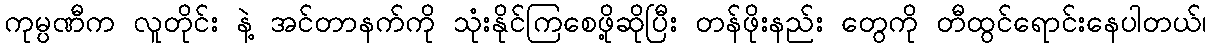
ကုမ္ပဏီက လူတိုင်း နဲ့ အင်တာနက်ကို သုံးနိုင်ကြစေဖို့ဆိုပြီး တန်ဖိုးနည်း တွေကို တီထွင်ရောင်းနေပါတယ်၊